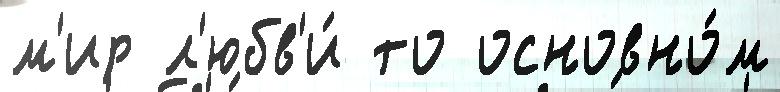
м'ир л'юбв'и́ то основно́м